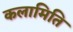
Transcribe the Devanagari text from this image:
कलामिति